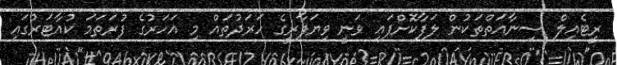
ރީޓެއިލް ސިނާއަތްތަކުން ލަފާކޮށްފައި ވަނީ ވިޔަފާރީގެ ހަރަދުތައް މި އަހަރުގެ ފުރަތަމަ ކުއާޓަރުގައި